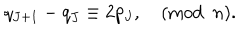
q _ { J + 1 } - q _ { J } \equiv 2 p _ { J } , \quad ( \mathrm { m o d } \, \, \, n ) .